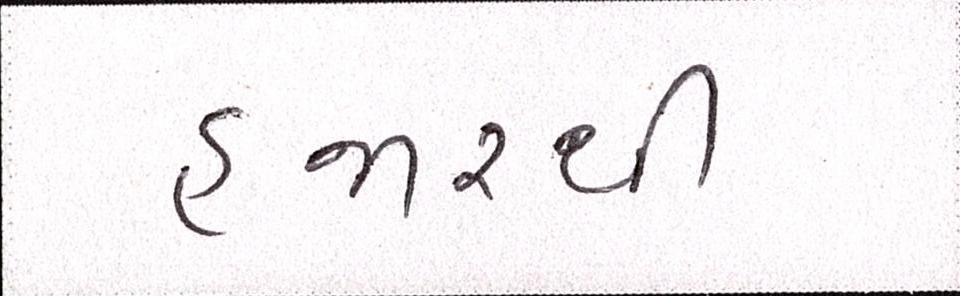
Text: હજારથી